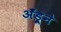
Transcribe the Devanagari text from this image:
अँड्रूने